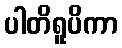
ပါတိရူပိကာ